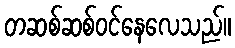
တဆစ်ဆစ်ဝင်နေလေသည်။